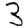
Digit: 3